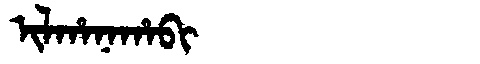
Manchu: ᡳᠯᡥᠠᠨᠠᡥᠠᠪᡳ
Romanization: ILHANAHABI